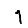
Digit: 1